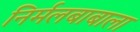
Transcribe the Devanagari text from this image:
निर्मलबाबाला